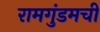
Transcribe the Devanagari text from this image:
रामगुंडमची